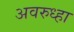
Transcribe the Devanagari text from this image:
अवरुध्हा